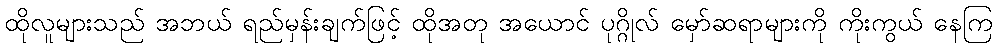
ထိုလူများသည် အဘယ် ရည်မှန်းချက်ဖြင့် ထိုအတု အယောင် ပုဂ္ဂိုလ် မှော်ဆရာများကို ကိုးကွယ် နေကြ